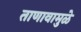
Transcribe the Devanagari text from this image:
ताणावामुळे